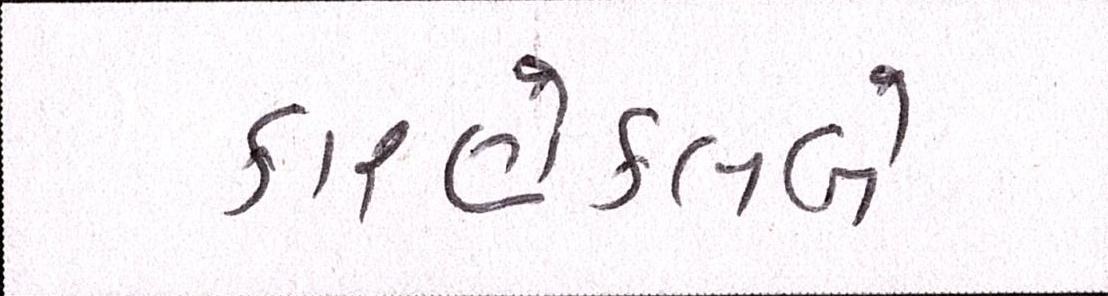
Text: કારણેક્લબે